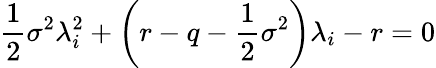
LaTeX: {\frac{1}{2}}\sigma^{2}\lambda_{i}^{2}+\left(r-q-{\frac{1}{2}}\sigma^{2}\right)\lambda_{i}-r=0